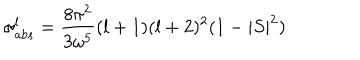
LaTeX: \sigma _ { a b s } ^ { l } = \frac { 8 \pi ^ { 2 } } { 3 { \omega } ^ { 5 } } ( l + 1 ) ( l + 2 ) ^ { 2 } ( 1 - | S | ^ { 2 } )